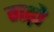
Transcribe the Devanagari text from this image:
गढ़ो